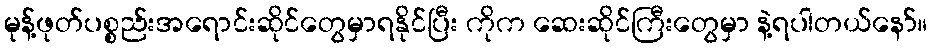
မုန့်ဖုတ်ပစ္စည်းအရောင်းဆိုင်တွေမှာရနိုင်ပြီး ကိုက ဆေးဆိုင်ကြီးတွေမှာ နဲ့ရပါတယ်နော်။